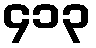
၄၁၃